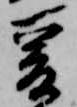
爰